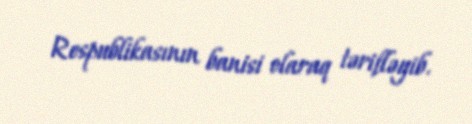
Respublikasının banisi olaraq tərifləyib.